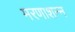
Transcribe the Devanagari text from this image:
मरणाशन्‍न